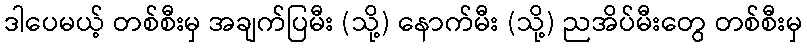
ဒါပေမယ့် တစ်စီးမှ အချက်ပြမီး (သို့) နောက်မီး (သို့) ညအိပ်မီးတွေ တစ်စီးမှ